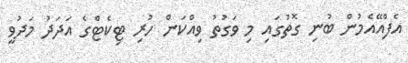
އެފްއޭއެމުން ބުނި ގޮތުގައި މި ވަގުތު ވިއްކަން ހުރި ޓިކެޓްގެ އަދަދު މަދުވީ